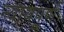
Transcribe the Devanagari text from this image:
न्‍यायपूर्ण